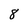
Character: 8